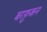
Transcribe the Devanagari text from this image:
बरफ़ुकन